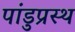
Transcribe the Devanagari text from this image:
पांडुप्रस्थ